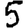
Digit: 5